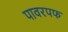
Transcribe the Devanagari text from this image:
पावरपफ